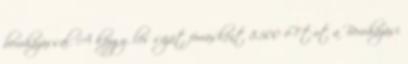
beruházással. A közgyűlés saját forrásként 8.500 eFt-ot a Beruházási